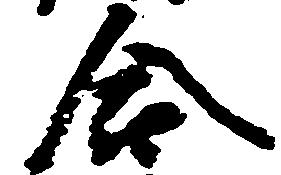
合